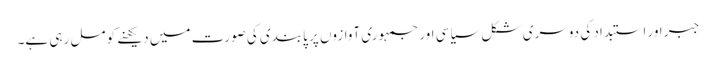
جبر اور استبداد کی دوسری شکل سیاسی اور جمہوری آوازوں پر پابندی کی صورت میں دیکھنے کو مل رہی ہے۔